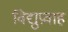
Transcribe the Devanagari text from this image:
विद्युप्रवाह